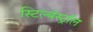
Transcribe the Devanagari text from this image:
स्टिल्बेस्ट्रॉल